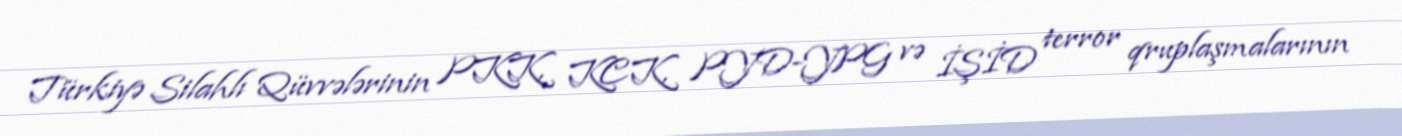
Türkiyə Silahlı Qüvvələrinin PKK, KCK, PYD-YPG və İŞİD terror qruplaşmalarının